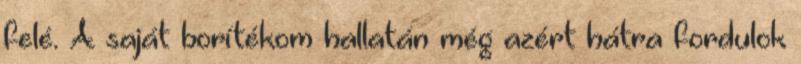
felé. A saját borítékom hallatán még azért hátra fordulok